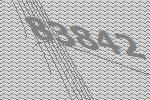
83842